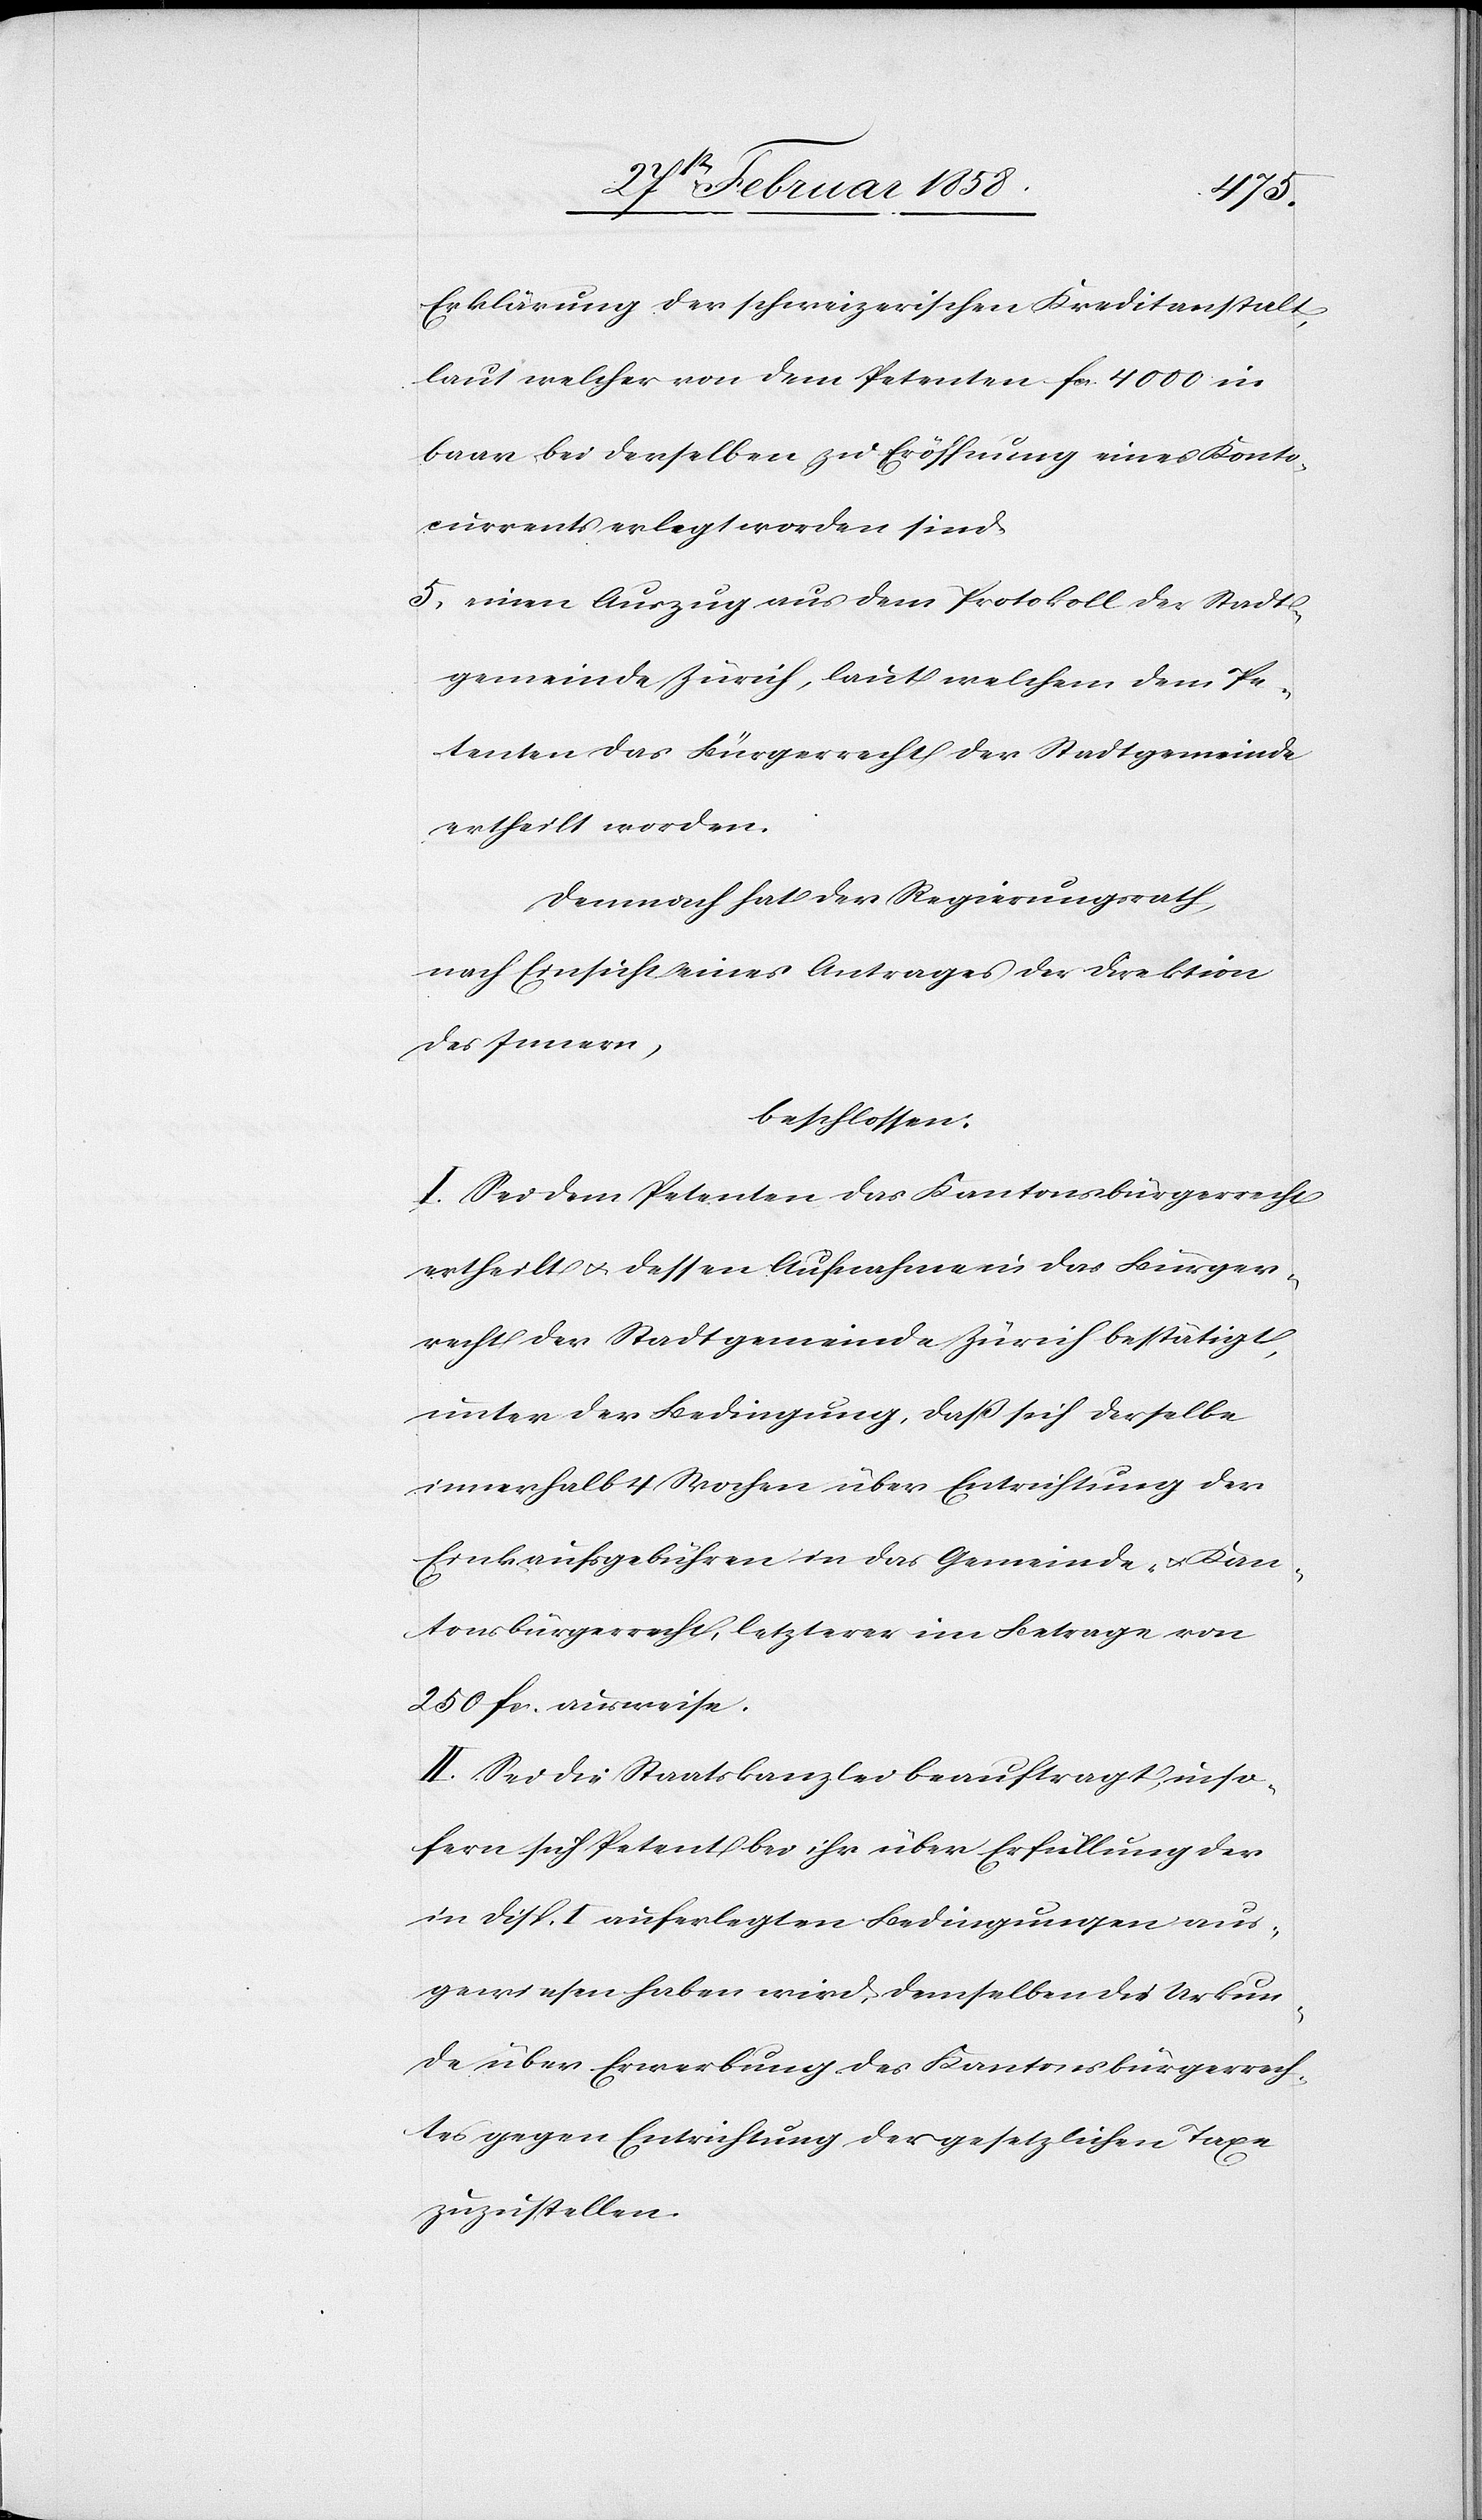
Erklärung der schweizerischen Kreditanstalt,
laut welcher von dem Petenten fcs. 4000 in
baar bei derselben zu Eröffnung eines Konto¬
currents erlegt worden sind.
5. einen Auszug aus dem Protokoll der Stadt¬
gemeinde Zürich, laut welchem dem Pe¬
tenten das Bürgerrecht der Stadtgemeinde
ertheilt worden.
Demnach hat der Regierungsrath,
nach Einsicht eines Antrages der Direktion
des Innern,
beschlossen:
I. Sei dem Petenten das Kantonsbürgerrecht
ertheilt u. dessen Aufnahme in das Bürger¬
recht der Stadtgemeinde Zürich bestätigt,
unter der Bedingung, daß sich derselbe
innerhalb 4 Wochen über Entrichtung der
Einkaufsgebühren in das Gemeinde- u. Kan¬
tonsbürgerrecht, letzterer im Betrag von
250 fcs. ausweise.
II. Sei die Staatskanzlei beauftragt, inso¬
fern sich Petent bei ihr über Erfüllung der
in Disp. I auferlegten Bedingungen aus¬
gewiesen haben wird, demselben die Urkun¬
de über Erwerbung des Kantonsbürgerrech¬
tes gegen Entrichtung der gesetzlichen Taxe
zuzustellen.